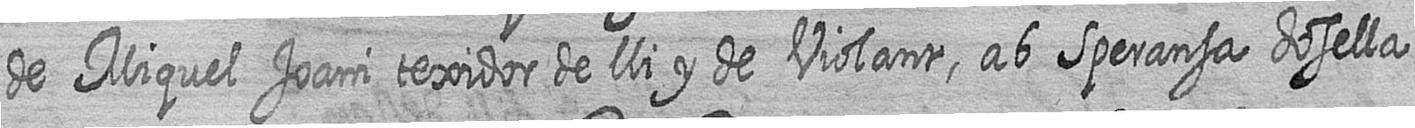
de Miquel Joani texidor de lli y de Violant ab Sperensa dosella